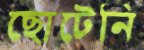
ছোটেনি